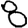
Digit: 8